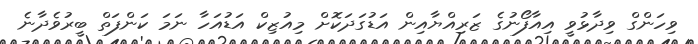
ވިހަންގް ވިދާޅުވީ އިއާފޯނުގެ ޒަރިއްޔާއިން އަޑުގަދަކޮށް މިއުޒިކް އަޑުއަހާ ނަމަ ކަންފަތް ބީރުވެދާނެ